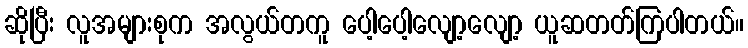
ဆိုပြီး လူအများစုက အလွယ်တကူ ပေါ့ပေါ့လျော့လျော့ ယူဆတတ်ကြပါတယ်။